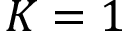
K = 1